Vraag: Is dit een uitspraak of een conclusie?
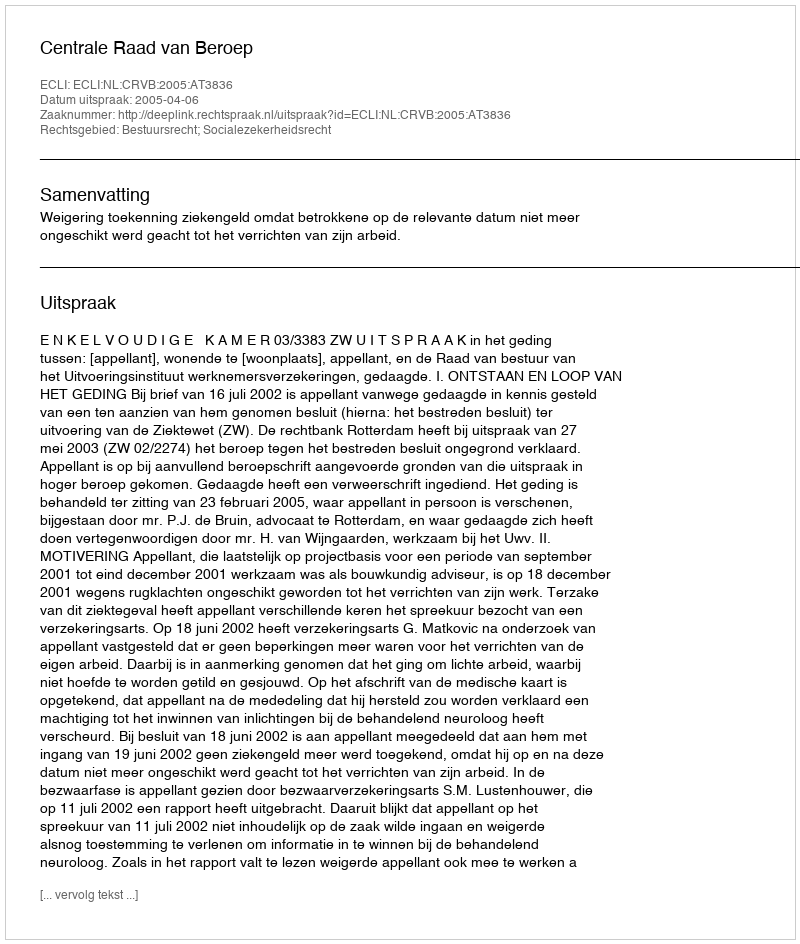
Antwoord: Uitspraak